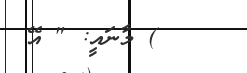
) މާނައީ: " އޭ